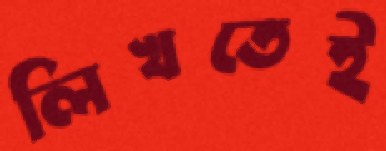
লিখতেই